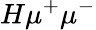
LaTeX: H\mu^{+}\mu^{-}